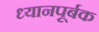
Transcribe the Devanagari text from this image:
ध्यानपूर्बक